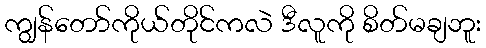
ကျွန်တော်ကိုယ်တိုင်ကလဲ ဒီလူကို စိတ်မချဘူး